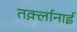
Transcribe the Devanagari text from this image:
तर्क़्लानाई